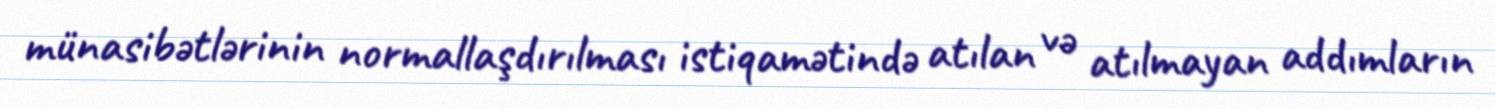
münasibətlərinin normallaşdırılması istiqamətində atılan və atılmayan addımların